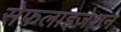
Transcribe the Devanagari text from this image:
सेफ़लाइज़ेशन